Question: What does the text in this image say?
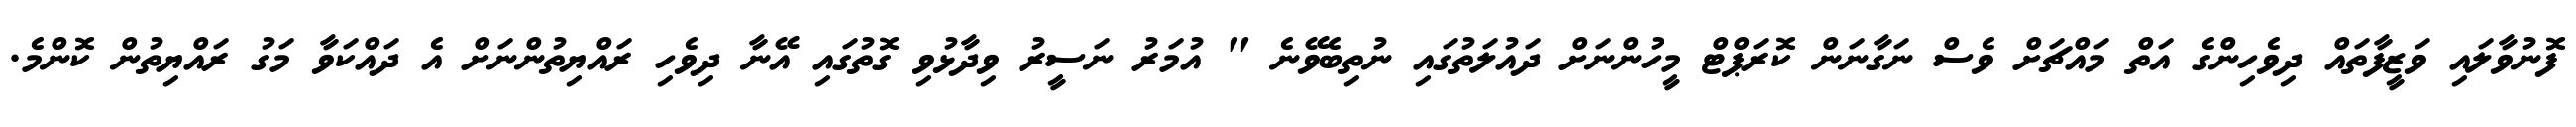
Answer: ފޮނުވާލައި ވަޒީފާތައް ދިވެހިންގެ އަތް މައްޗަށް ވެސް ނަގާނަން ކޮރަޕްޓް މީހުންނަށް ދައުލަތުގައި ނުތިބެވޭނެ " އުމަރު ނަސީރު ވިދާޅުވި ގޮތުގައި އޭނާ ދިވެހި ރައްޔިތުންނަށް އެ ދައްކަވާ މަގު ރައްޔިތުން ކޮންމެ.